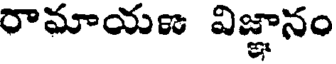
రామాయణ విజ్ఞానం